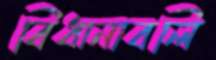
বিধানাবলি